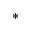
^ { * }